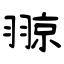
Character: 翞